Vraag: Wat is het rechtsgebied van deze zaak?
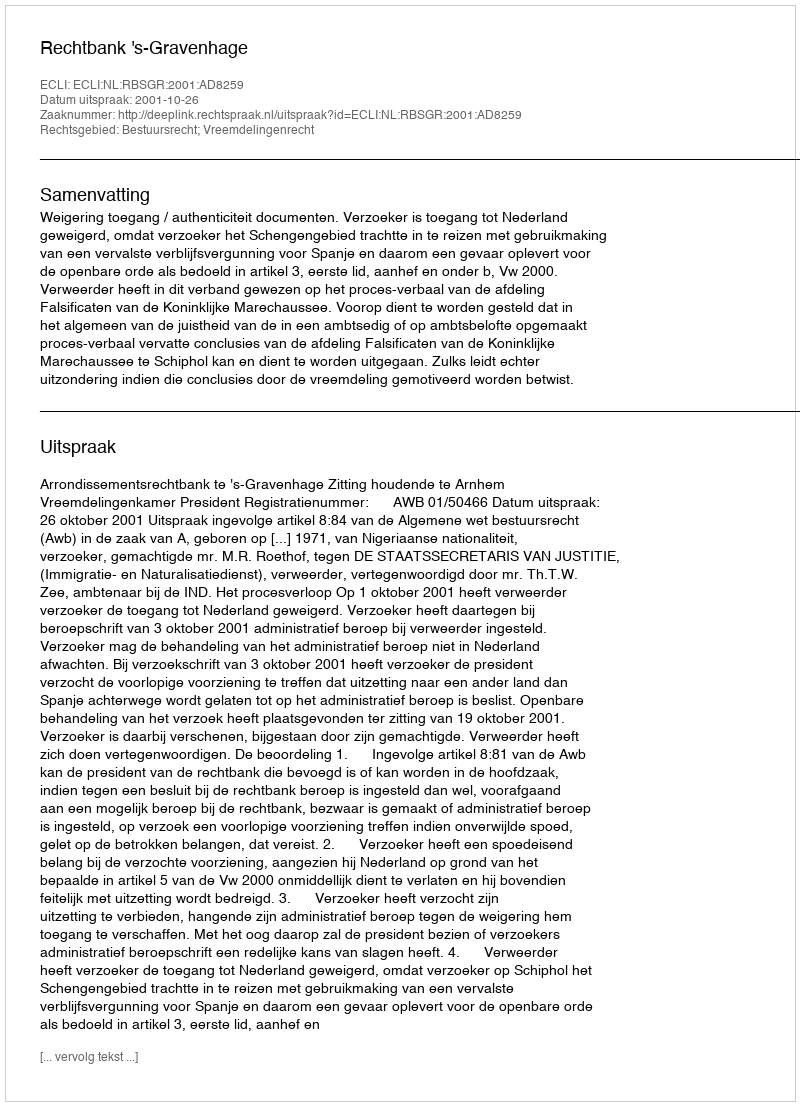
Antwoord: Bestuursrecht; Vreemdelingenrecht